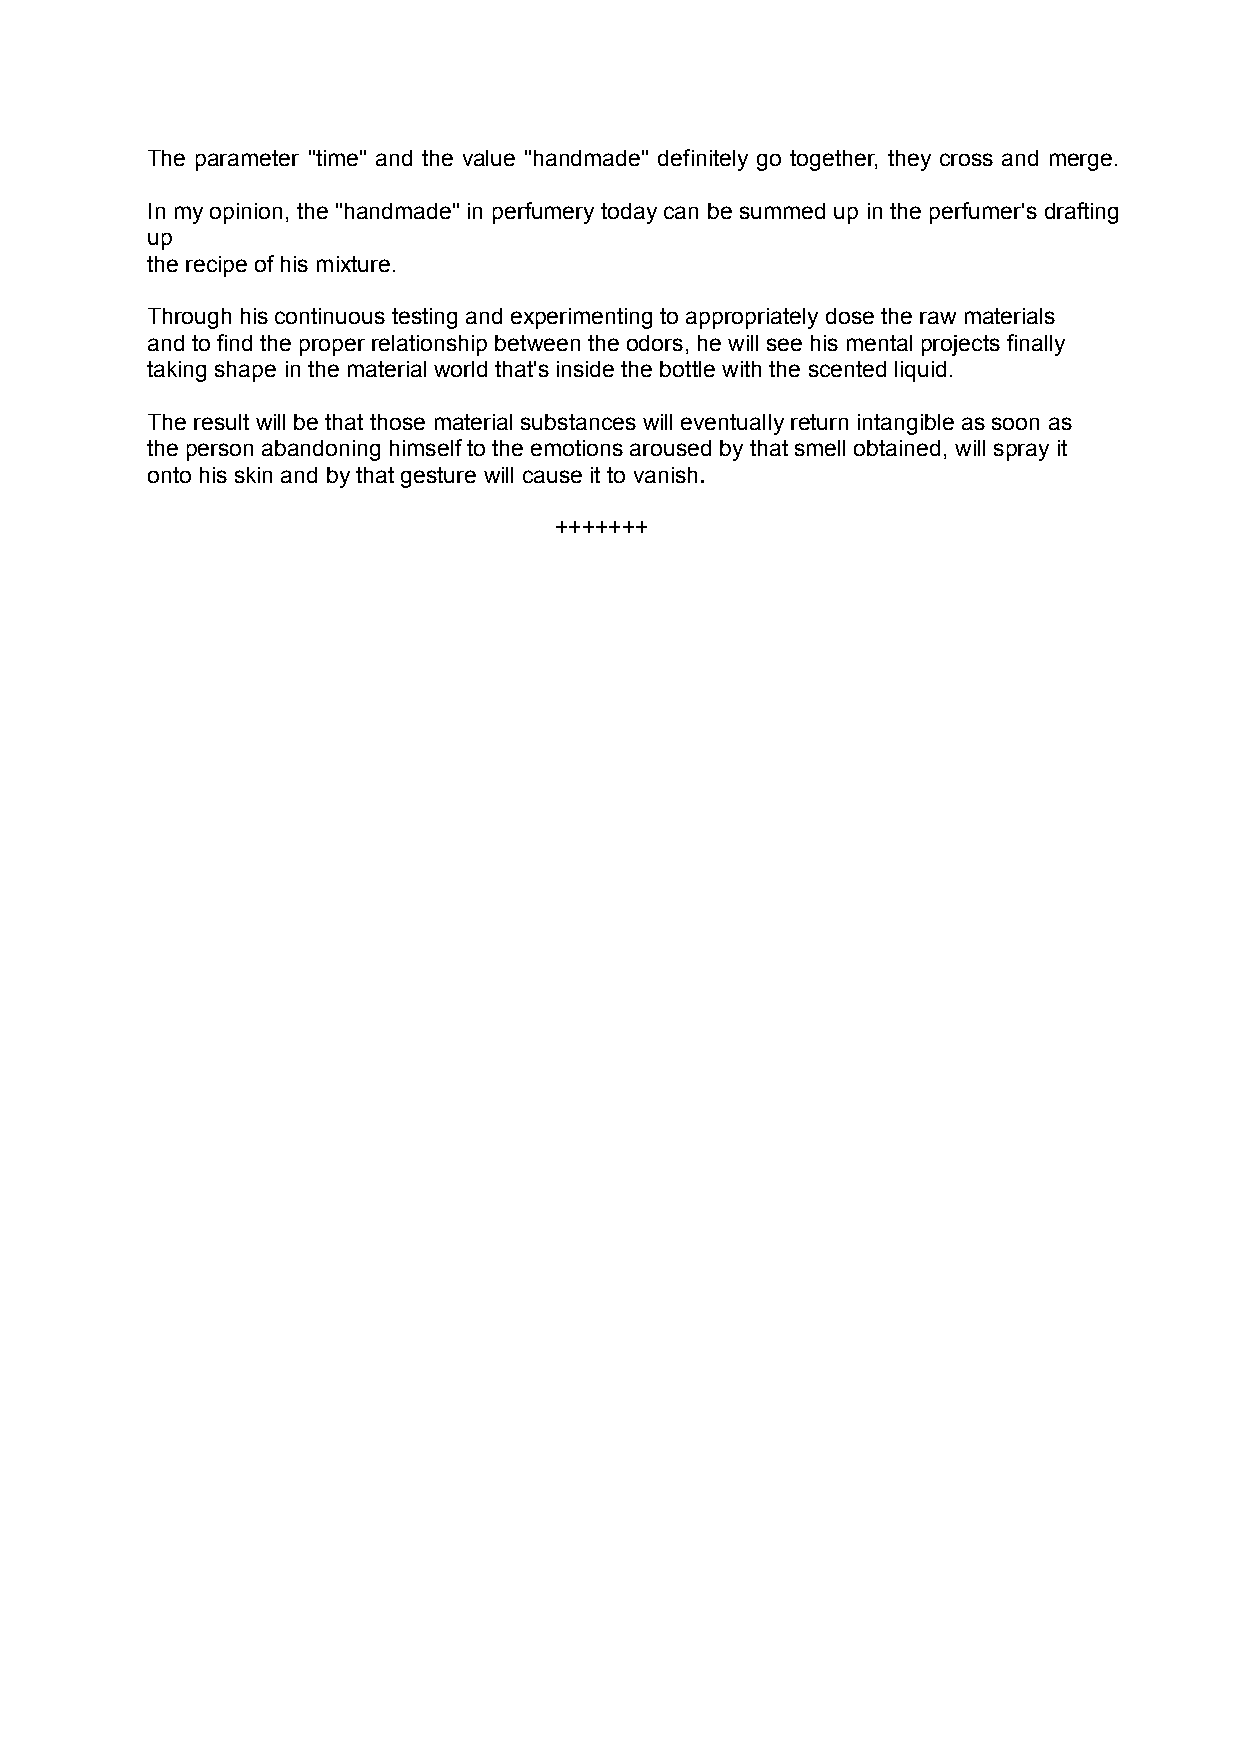
The parameter "time" and the value "handmade" definitely go together, they cross and merge.
 In my opinion, the "handmade" in perfumery today can be summed up in the perfumer's drafting
 up
 the recipe of his mixture.
 Through his continuous testing and experimenting to appropriately dose the raw materials
 and to find the proper relationship between the odors, he will see his mental projects finally
 taking shape in the material world that's inside the bottle with the scented liquid.
 The result will be that those material substances will eventually return intangible as soon as
 the person abandoning himself to the emotions aroused by that smell obtained, will spray it
 onto his skin and by that gesture will cause it to vanish.
 +++++++